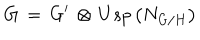
LaTeX: G \, = \, G ^ { \prime } \, \otimes \, U s p \left( N _ { G / H } \right)